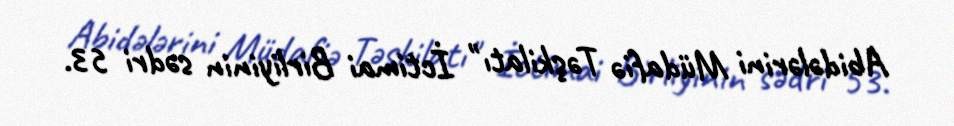
Abidələrini Müdafiə Təşkilatı" İctimai Birliyinin sədri 53.